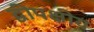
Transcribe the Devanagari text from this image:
द्वीपक्षीय